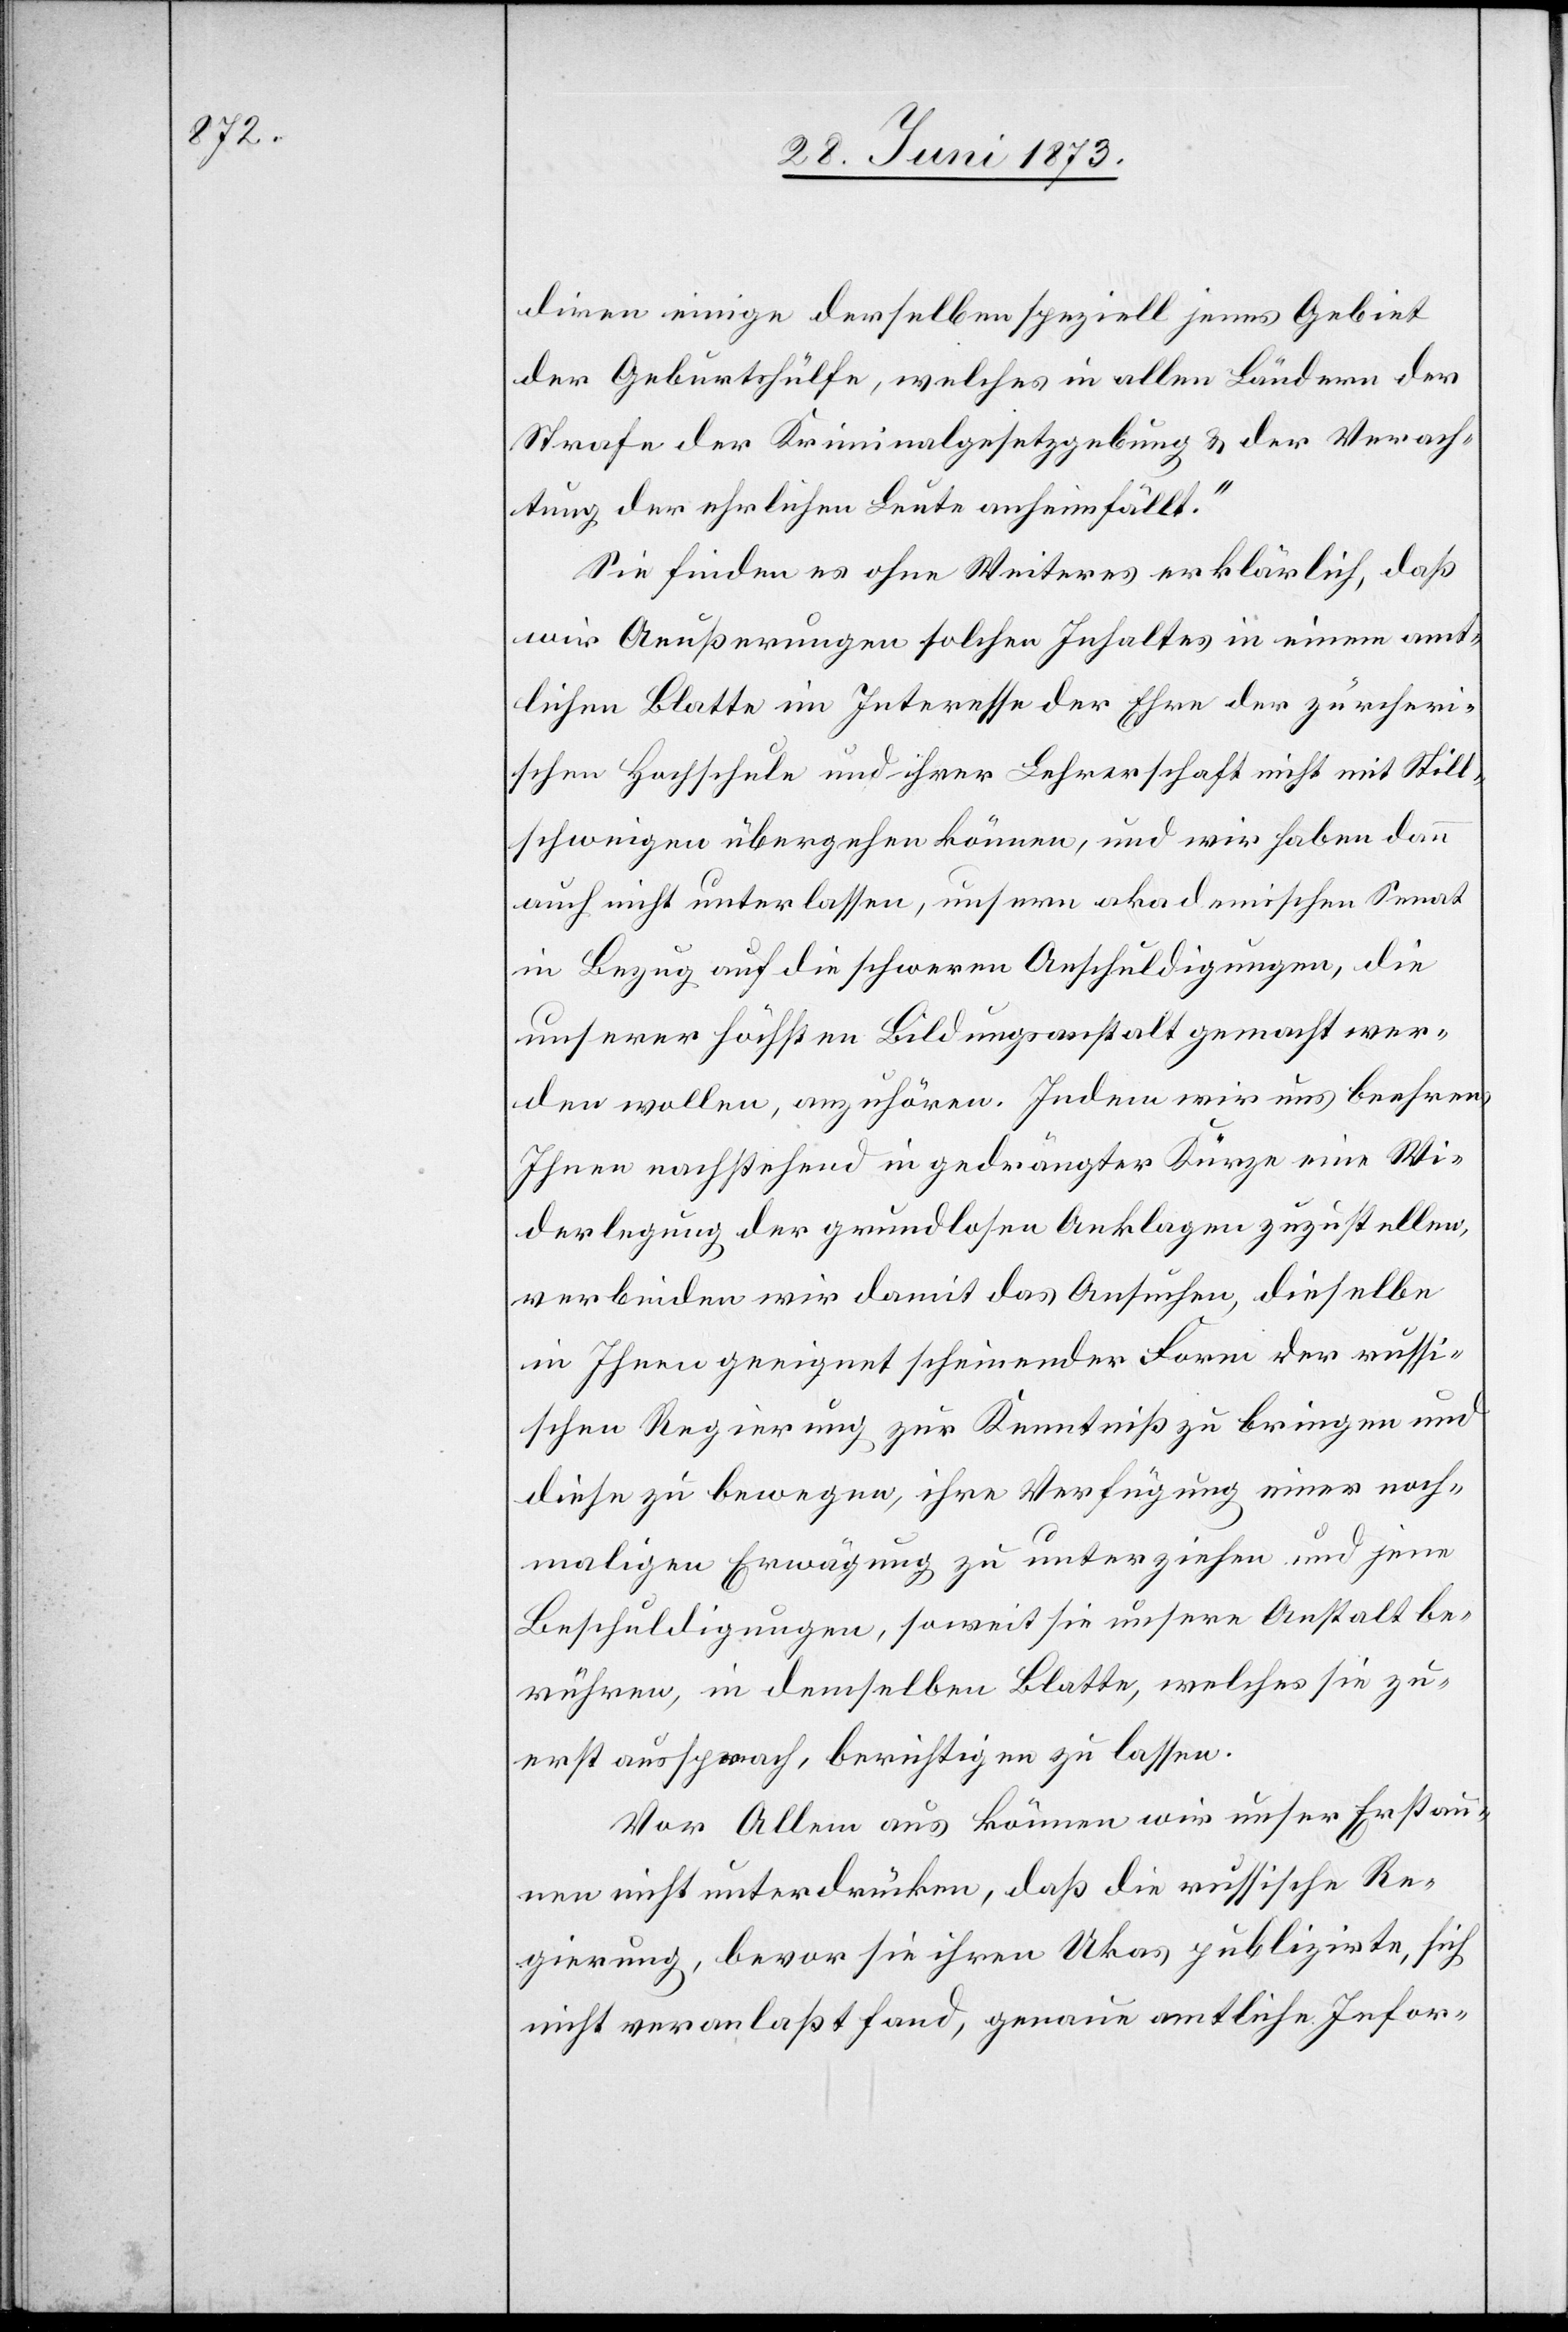
diren einige derselben speziell jenes Gebiet
der Geburtshülfe, welches in allen Ländern der
Strafe der Kriminalgesetzgebung & der Verach¬
tung der ehrlichen Leute anheimfällt.“
Sie finden es ohne Weiteres erklärlich, daß
wir Aeußerungen solchen Inhaltes in einem amt¬
lichen Blatte im Interesse der Ehre der zürcheri¬
schen Hochschule und ihrer Lehrerschaft nicht mit Still¬
schweigen übergehen können, und wir haben dann
auch nicht unterlassen, unsern akademischen Senat
in Bezug auf die schweren Anschuldigungen, die
unserer höchsten Bildungsanstalt gemacht wer¬
den wollen, anzuhören. Indem wir uns beehren,
Ihnen nachstehend in gedrängter Kürze eine Wi¬
derlegung der grundlosen Anklagen zuzustellen,
verbinden wir damit das Ansuchen, dieselbe
in Ihnen geeignet scheinender Form der russi¬
schen Regierung zur Kenntniß zu bringen und
diese zu bewegen, ihre Verfügung einer noch¬
maligen Erwägung zu unterziehen und jene
Beschuldigungen, soweit sie unsere Anstalt be¬
rühren, in demselben Blatte, welches sie zu¬
erst aussprach, berichtigen zu lassen.
Vor Allem aus können wir unser Erstau¬
nen nicht unterdrücken, daß die russische Re¬
gierung, bevor sie ihren Ukas publizirte, sich
nicht veranlaßt fand, genau amtliche Infor-